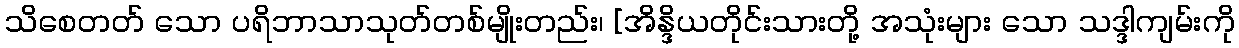
သိစေတတ် သော ပရိဘာသာသုတ်တစ်မျိုးတည်း၊ [အိန္ဒိယတိုင်းသားတို့ အသုံးများ သော သဒ္ဒါကျမ်းကို